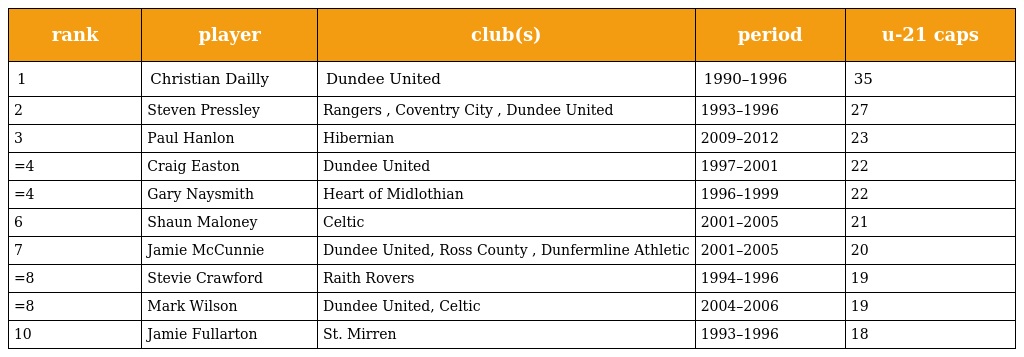
| rank | player | club(s) | period | u-21 caps |
 | --- | --- | --- | --- | --- |
 | 1 | Christian Dailly | Dundee United | 1990–1996 | 35 |
 | 2 | Steven Pressley | Rangers , Coventry City , Dundee United | 1993–1996 | 27 |
 | 3 | Paul Hanlon | Hibernian | 2009–2012 | 23 |
 | =4 | Craig Easton | Dundee United | 1997–2001 | 22 |
 | =4 | Gary Naysmith | Heart of Midlothian | 1996–1999 | 22 |
 | 6 | Shaun Maloney | Celtic | 2001–2005 | 21 |
 | 7 | Jamie McCunnie | Dundee United, Ross County , Dunfermline Athletic | 2001–2005 | 20 |
 | =8 | Stevie Crawford | Raith Rovers | 1994–1996 | 19 |
 | =8 | Mark Wilson | Dundee United, Celtic | 2004–2006 | 19 |
 | 10 | Jamie Fullarton | St. Mirren | 1993–1996 | 18 |